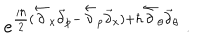
e ^ { { \frac { i \hbar } { 2 } } ( \stackrel { \leftarrow } { \partial } _ { x } \stackrel { \rightarrow } { \partial } _ { p } - \stackrel { \leftarrow } { \partial } _ { p } \stackrel { \rightarrow } { \partial } _ { x } ) + \hbar \stackrel { \leftarrow } { \partial } _ { \theta } \stackrel { \rightarrow } { \partial } _ { \theta } } ~ .